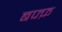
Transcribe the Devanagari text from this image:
बफ्फ़